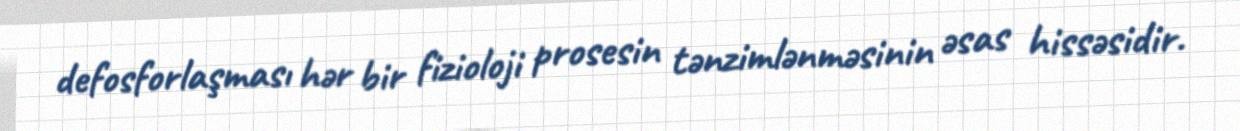
defosforlaşması hər bir fizioloji prosesin tənzimlənməsinin əsas hissəsidir.